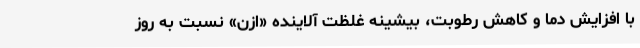
با افزایش دما و کاهش رطوبت، بیشینه غلظت آلاینده «ازن» نسبت به روز